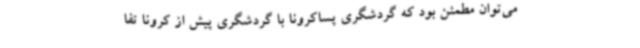
می‌توان مطمئن بود که گردشگری پساکرونا با گردشگری پیش از کرونا تفا